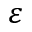
\varepsilon